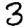
Digit: 3